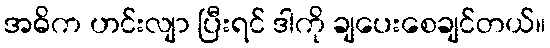
အဓိက ဟင်းလျာ ပြီးရင် ဒါကို ချပေးစေချင်တယ်။